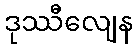
ဒုဿီလျေန